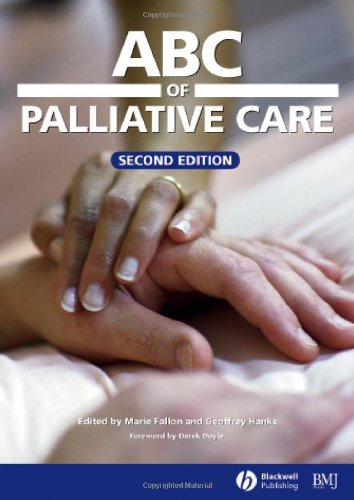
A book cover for ABC of Palliative Care; Self-Help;